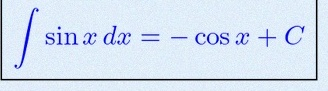
\int \sin x\,dx=-\cos x+C